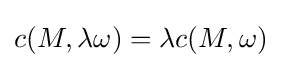
c(M,\lambda \omega )=\lambda c(M,\omega )